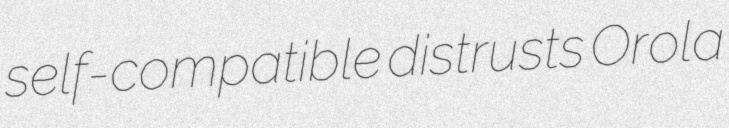
self-compatible distrusts Orola